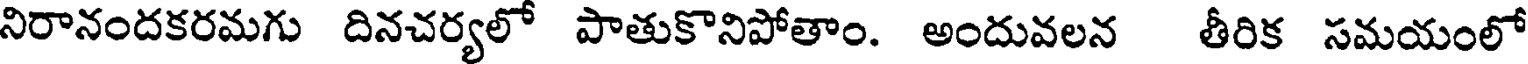
నిరానందకరమగు దినచర్యలో పాతుకొనిపోతాం. అందువలన తీరిక సమయంలో